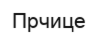
Прчице